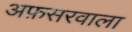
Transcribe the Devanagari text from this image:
अफ़सरवाला